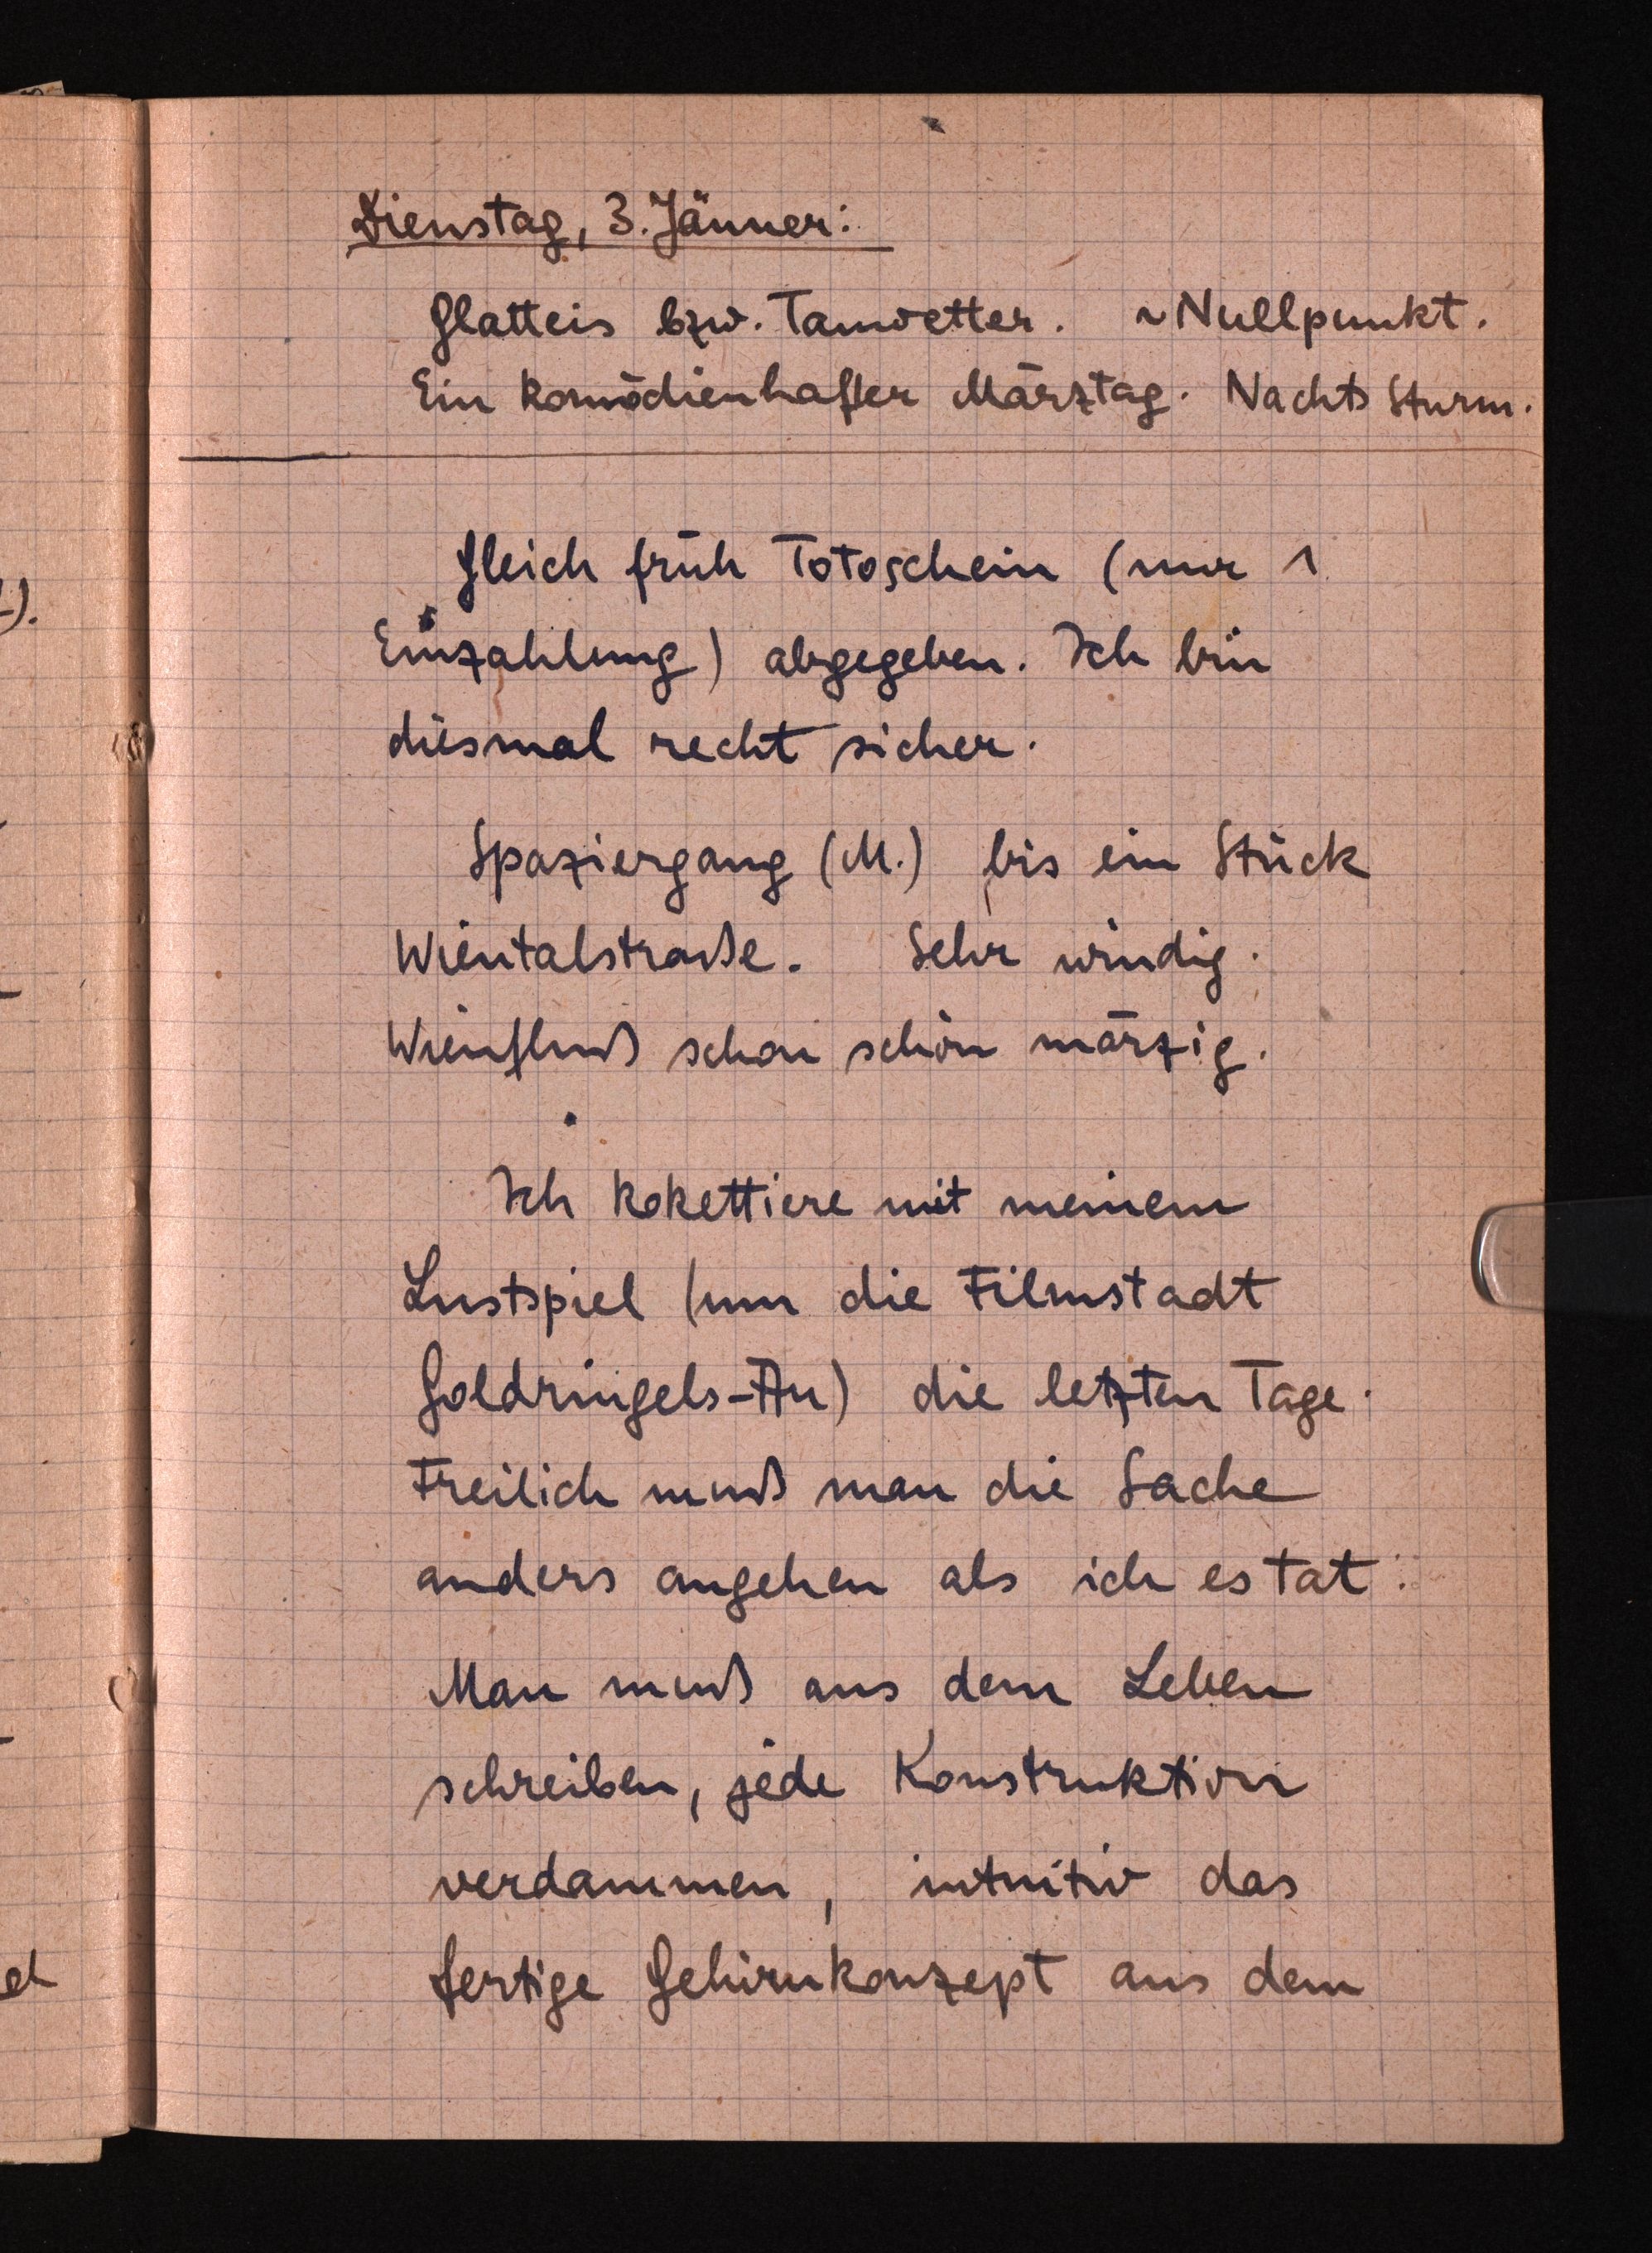
Dienstag, 3. Jänner:
Glatteis bzw. Tauwetter. ~Nullpunkt.
Ein komödienhafter Märztag. NachtsSturm.
Gleich früh Totoschein (nur 1
Einzahlung) abgegeben. Ich bin
diesmalrecht sicher.
Spaziergang (M.) bis ein Stück
Wientalstraße. Sehr windig.
Wienflußschon schön märzig.
Ich kokettiere mit meinem
Lustspiel (um die Filmstadt
Goldringels-Au)die letzten Tage.
Freilich muß man die Sache
anders angehen als ich estat:
Man muß aus dem Leben
schreiben, jede Konstruktion
verdammen, intuitiv das
fertige Gehirnkonzept aus dem